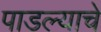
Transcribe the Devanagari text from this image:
पाडल्याचे